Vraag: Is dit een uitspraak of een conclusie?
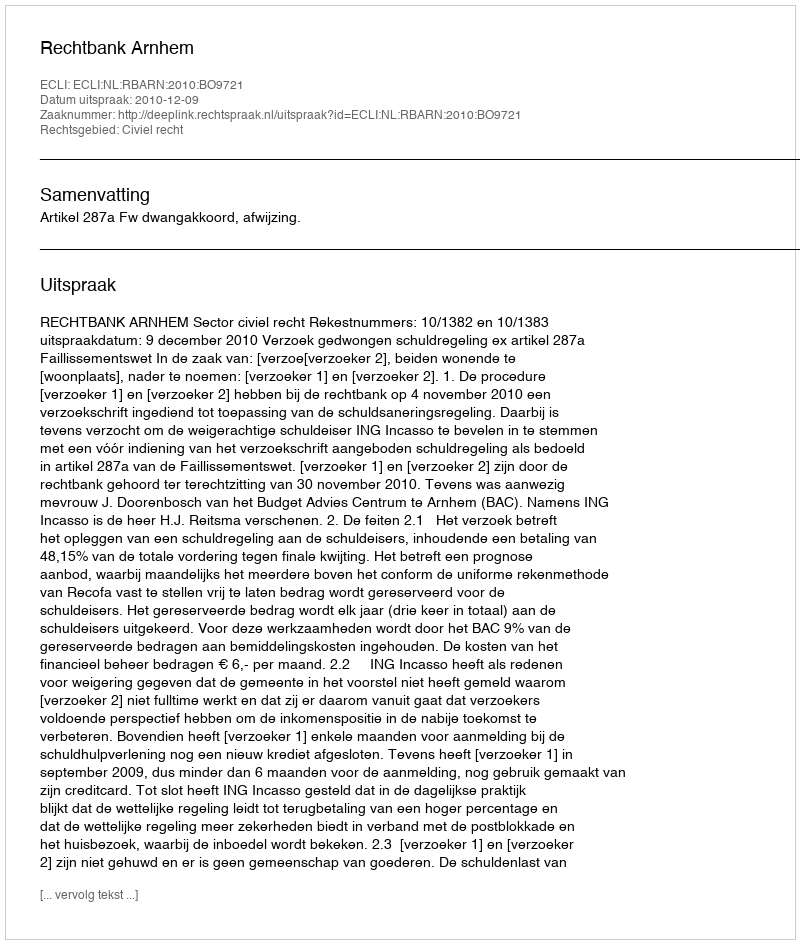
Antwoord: Uitspraak